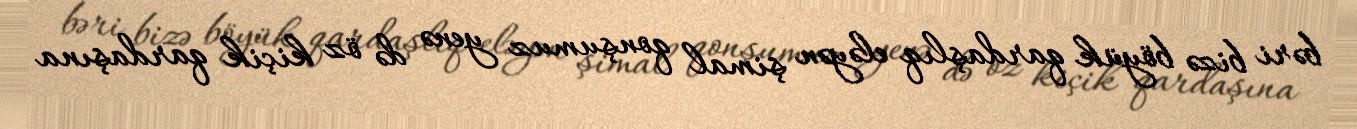
bəri bizə böyük qardaşlıq eləyən şimal qonşumuz yenə də öz kiçik qardaşına